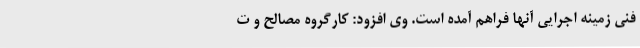
فنی زمینه اجرایی آنها فراهم آمده است. وی افزود: کارگروه مصالح و ت